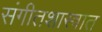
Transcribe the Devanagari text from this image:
संगीतशास्त्रात